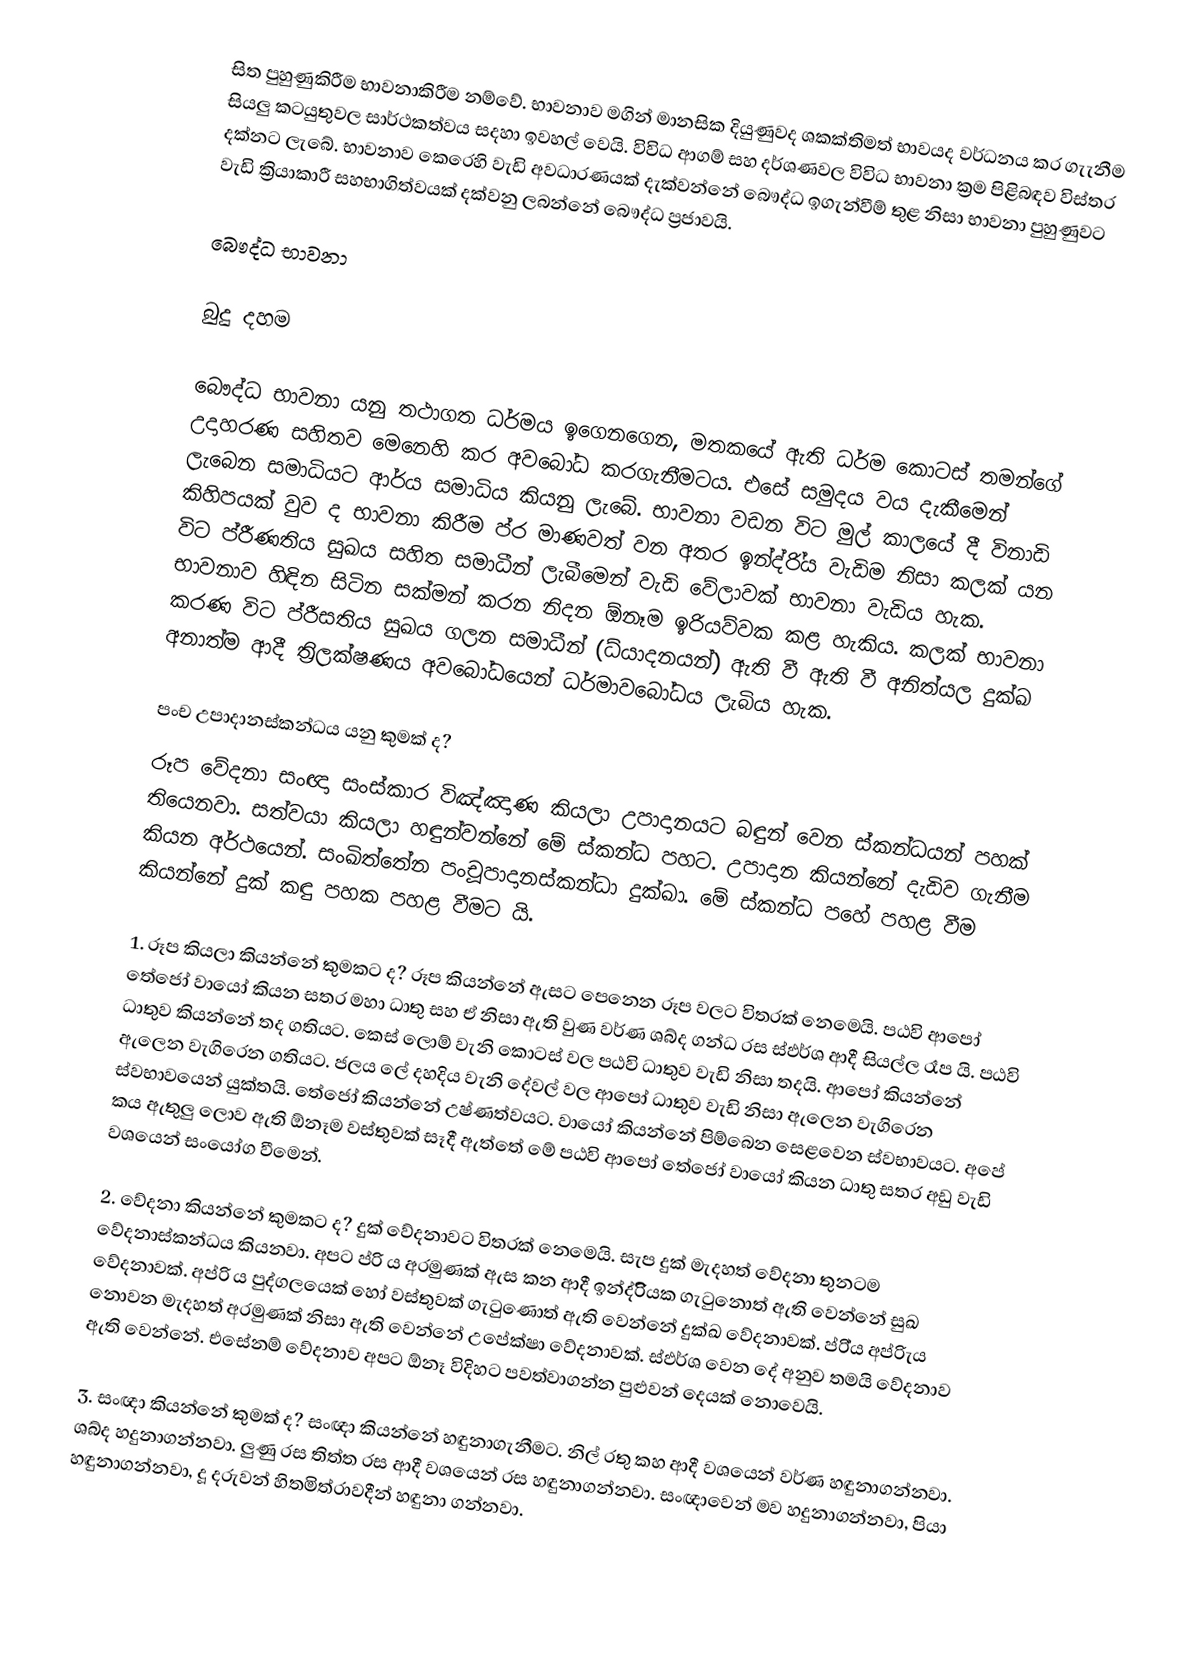
සිත පුහුණුකිරීම භාවනාකිරීම නම්වේ. භාවනාව මගින් මානසික දියුණුවද ශකක්තිමත් භාවයද වර්ධනය කර ගැැනීම සියලු කටයුතුවල සාර්ථකත්වය සදහා ඉවහල් වෙයි. විවිධ ආගම් සහ දර්ශණවල විවිධ භාවනා ක්‍රම පිළිබඳව විස්තර දක්නට ලැබේ. භාවනාව කෙරෙහි වැඩි  අවධාරණයක් දැක්වන්නේ බෞද්ධ ඉගැන්වීම් තුළ නිසා භාවනා පුහුණුවට වැඩි ක්‍රියාකාරී සහභාගිත්වයක් දක්වනු ලබන්නේ බෞද්ධ ප්‍රජාවයි.

බෞද්ධ භාවනා

බුදු දහම

බෞද්ධ භාවනා යනු තථාගත ධර්මය ඉගෙනගෙන, මතකයේ ඇති ධර්ම කොටස් තමන්ගේ උදාහරණ සහිතව මෙනෙහි කර අවබෝධ කරගැනීමටය. එසේ සමුදය වය දැකීමෙන් ලැබෙන සමාධියට ආර්ය සමාධිය කියනු ලැබේ. භාවනා වඩන විට මුල් කාලයේ දී විනාඩි කිහිපයක් වුව ද භාවනා කිරීම ප්ර මාණවත් වන අතර ඉන්ද්රි්ය වැඩිම නිසා කලක් යන විට ප්රීණතිය සුඛය සහිත සමාධීන් ලැබීමෙන් වැඩි වේලාවක් භාවනා වැඩිය හැක. භාවනාව හිඳින සිටින සක්මන් කරන නිදන ඕනෑම ඉරියව්වක කළ හැකිය. කලක් භාවනා කරණ විට ප්රීසතිය සුඛය ගලන සමාධීන් (ධ්යාදනයන්) ඇති වී  ඇති වී අනිත්යල දුක්ඛ අනාත්ම ආදී ත්‍රිලක්ෂණය අවබෝධයෙන් ධර්මාවබෝධය ලැබිය හැක.

පංච උපාදානස්කන්ධය යනු කුමක් ද?
රූප වේදනා සංඥා සංස්කාර විඤ්ඤාණ කියලා උපාදානයට බඳුන් වෙන ස්කන්ධයන් පහක් තියෙනවා. සත්වයා කියලා හඳුන්වන්නේ මේ ස්කන්ධ පහට. උපාදාන කියන්නේ දැඩිව ගැනීම කියන අර්ථයෙන්. සංඛිත්තේන පංචූපාදානස්කන්ධා දුක්ඛා. මේ ස්කන්ධ පහේ පහළ වීම කියන්නේ දුක් කඳු පහක පහළ වීමට යි.

1. රූප කියලා කියන්නේ කුමකට ද? රූප කියන්නේ ඇසට පෙනෙන රූප වලට විතරක් නෙමෙයි. පඨවි ආපෝ තේජෝ වායෝ කියන සතර මහා ධාතු සහ ඒ නිසා ඇති වුණ වර්ණ ශබ්ද ගන්ධ රස ස්ඵර්ශ ආදී සියල්ල රෑප යි. පඨවි ධාතුව කියන්නේ තද ගතියට. කෙස් ලොම් වැනි කොටස් වල පඨවි ධාතුව වැඩි නිසා තදයි. ආපෝ කියන්නේ ඇලෙන වැගිරෙන ගතියට. ජලය ලේ දහදිය වැනි දේවල් වල ආපෝ ධාතුව වැඩි නිසා ඇලෙන වැගිරෙන ස්වභාවයෙන් යුක්තයි. තේජෝ කියන්නේ උෂ්ණත්වයට. වායෝ කියන්නේ පිම්බෙන සෙළවෙන ස්වභාවයට. අපේ කය ඇතුලු ලොව ඇති ඕනෑම වස්තුවක් සෑදී ඇත්තේ මේ පඨවි ආපෝ තේජෝ වායෝ කියන ධාතු සතර අඩු වැඩි වශයෙන් සංයෝග වීමෙන්.

2. වේදනා කියන්නේ කුමකට ද? දුක් වේදනාවට විතරක් නෙමෙයි. සැප දුක් මැදහත් වේදනා තුනටම වේදනාස්කන්ධය කියනවා. අපට ප්රි ය අරමුණක් ඇස කන ආදී ඉන්ද්රිියක ගැටුනොත් ඇති වෙන්නේ සුඛ වේදනාවක්. අප්රි ය පුද්ගලයෙක් හෝ වස්තුවක් ගැටුණොත් ඇති වෙන්නේ දුක්ඛ වේදනාවක්. ප්රි්ය අප්රිැය නොවන මැදහත් අරමුණක් නිසා ඇති වෙන්නේ උපේක්ෂා වේදනාවක්. ස්ඵර්ශ වෙන දේ අනුව තමයි වේදනාව ඇති වෙන්නේ. එසේනම් වේදනාව අපට ඕනෑ විදිහට පවත්වාගන්න පුළුවන් දෙයක් නොවෙයි.

3. සංඥා කියන්නේ කුමක් ද? සංඥා කියන්නේ හඳුනාගැනීමට. නිල් රතු කහ ආදී වශයෙන් වර්ණ හඳුනාගන්නවා. ශබ්ද හදුනාගන්නවා. ලුණු රස තිත්ත රස ආදී වශයෙන් රස හඳුනාගන්නවා. සංඥාවෙන් මව හදුනාගන්නවා, පියා හඳුනාගන්නවා, දූ දරුවන් හිතමිත්රාවදීන් හඳුනා ගන්නවා.